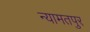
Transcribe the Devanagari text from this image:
न्यामतपुर